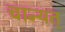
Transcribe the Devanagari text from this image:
चान्यत्